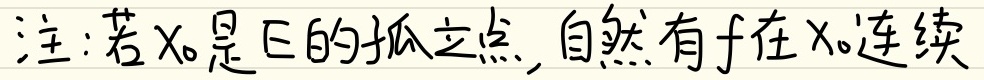
注：若$x_0$是$E$的孤立点, 自然有$f$在$x_0$连续